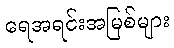
ရေအရင်းအမြစ်များ